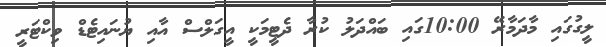
ލީގުގައި މާދަމާރޭ 10:00ގައި ބައްދަލު ކުރާ ދެޓީމަކީ އީގަލްސް އާއި ޔުނައިޓެޑް ވިކްޓަރީ